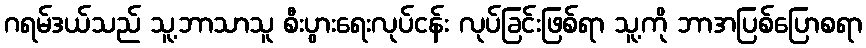
ဂရမ်ဒယ်သည် သူ့ဘာသာသူ စီးပွားရေးလုပ်ငန်း လုပ်ခြင်းဖြစ်ရာ သူ့ကို ဘာအပြစ်ပြောစရာ